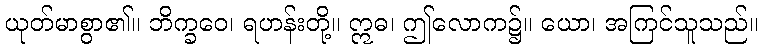
ယုတ်မာစွာ၏။ ဘိက္ခဝေ၊ ရဟန်းတို့။ ဣဓ၊ ဤလောက၌။ ယော၊ အကြင်သူသည်။